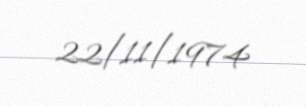
22/11/1974